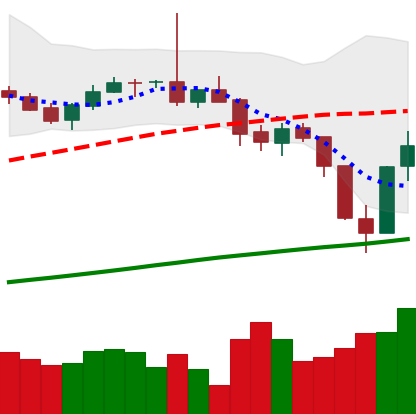
Ticker: BTC-USD
Chart end date: 2017-07-18
Forward return: 17.747%
Label: up_7plus